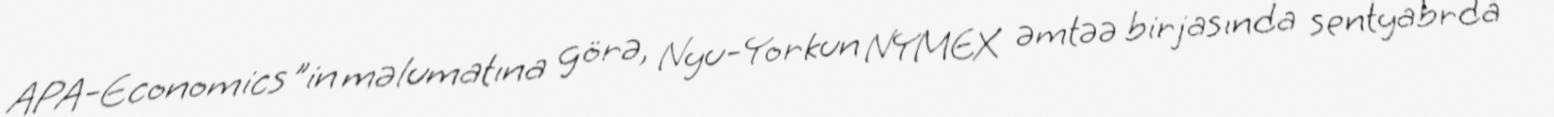
APA-Economics"in məlumatına görə, Nyu-Yorkun NYMEX əmtəə birjasında sentyabrda